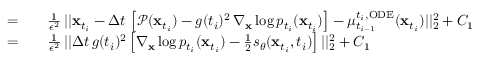
\begin{array} { r l } { = } & { { } \quad \frac { 1 } { \epsilon ^ { 2 } } \, | | \mathbf { x } _ { t _ { i } } - \Delta t \, \left[ \mathcal { P } ( \mathbf { x } _ { t _ { i } } ) - g ( t _ { i } ) ^ { 2 } \, \nabla _ { \mathbf { x } } \log p _ { t _ { i } } ( \mathbf { x } _ { t _ { i } } ) \right] - \mu _ { t _ { i - 1 } } ^ { t _ { i } , \mathrm { O D E } } ( \mathbf { x } _ { t _ { i } } ) | | _ { 2 } ^ { 2 } + C _ { 1 } } \\ { = } & { { } \quad \frac { 1 } { \epsilon ^ { 2 } } \, | | \Delta t \, g ( t _ { i } ) ^ { 2 } \left[ \nabla _ { \mathbf { x } } \log p _ { t _ { i } } ( \mathbf { x } _ { t _ { i } } ) - \frac { 1 } { 2 } s _ { \theta } ( \mathbf { x } _ { t _ { i } } , t _ { i } ) \right] | | _ { 2 } ^ { 2 } + C _ { 1 } } \end{array}